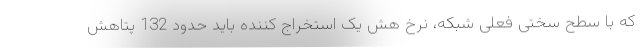
که با سطح سختی فعلی شبکه، نرخ هش یک استخراج کننده باید حدود 132 پتاهش